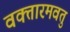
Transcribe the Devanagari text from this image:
वक्तारमवतु